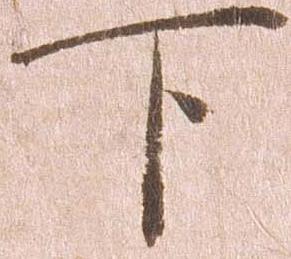
下